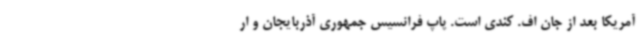
آمریکا بعد از جان اف. کندی است. پاپ فرانسیس جمهوری آذربایجان و ار